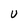
Character: u